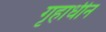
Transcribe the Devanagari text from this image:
गृहाधीन